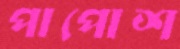
পাপোশ